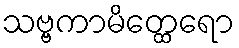
သဗ္ဗကာမိတ္ထေရော